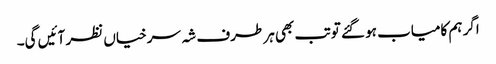
اگر ہم کامیاب ہو گئے تو تب بھی ہر طرف شہ سرخیاں نظر آئیں گی۔